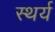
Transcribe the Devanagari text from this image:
स्थर्य